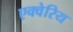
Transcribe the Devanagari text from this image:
एक्वेरिय